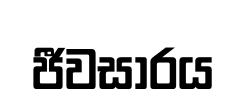
ජීවසාරය